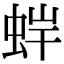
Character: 𧊩